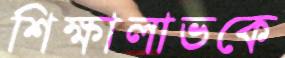
শিক্ষালাভকে